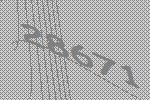
28671